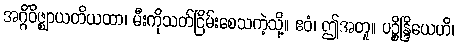
အဂ္ဂိံဝိဇ္ဈာယတိယထာ၊ မီးကိုသတ်ငြိမ်းစေသကဲ့သို့။ ဧဝံ၊ ဤအတူ။ ပဉ္စိန္ဒြိယေဟိ၊